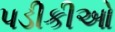
પડીકીઓ